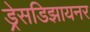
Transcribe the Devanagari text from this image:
ड्रेसडिझायनर